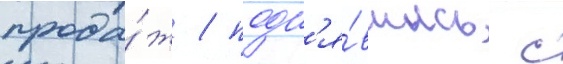
прода́ж / подн'я́вшись с